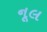
નૂલ